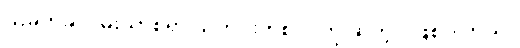
ယခုတခါ ဝမ်းသာစရာ သတင်းတစ်ပုဒ်ကို ဆိုတဲ့ ပဲဖြစ်ပါတယ်။